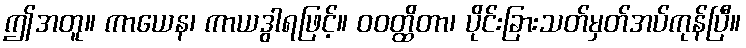
ဤအတူ။ ကာယေန၊ ကာယဒွါရဖြင့်။ ဝဝတ္ထိတာ၊ ပိုင်းခြားသတ်မှတ်အပ်ကုန်ပြီ။